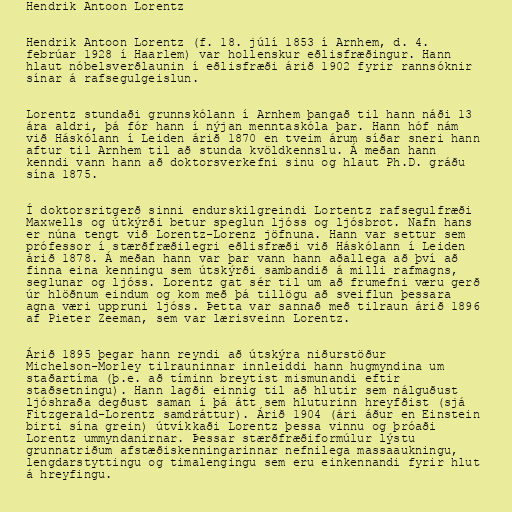
Hendrik Antoon Lorentz

Hendrik Antoon Lorentz (f. 18. júlí 1853 í Arnhem, d. 4.
febrúar 1928 í Haarlem) var hollenskur eðlisfræðingur. Hann
hlaut nóbelsverðlaunin í eðlisfræði árið 1902 fyrir rannsóknir
sínar á rafsegulgeislun.

Lorentz stundaði grunnskólann í Arnhem þangað til hann náði 13
ára aldri, þá fór hann í nýjan menntaskóla þar. Hann hóf nám
við Háskólann í Leiden árið 1870 en tveim árum síðar sneri hann
aftur til Arnhem til að stunda kvöldkennslu. Á meðan hann
kenndi vann hann að doktorsverkefni sinu og hlaut Ph.D. gráðu
sína 1875.

Í doktorsritgerð sinni endurskilgreindi Lortentz rafsegulfræði
Maxwells og útkýrði betur speglun ljóss og ljósbrot. Nafn hans
er núna tengt við Lorentz-Lorenz jöfnuna. Hann var settur sem
prófessor í stærðfræðilegri eðlisfræði við Háskólann í Leiden
árið 1878. Á meðan hann var þar vann hann aðallega að því að
finna eina kenningu sem útskýrði sambandið á milli rafmagns,
seglunar og ljóss. Lorentz gat sér til um að frumefni væru gerð
úr hlöðnum eindum og kom með þá tillögu að sveiflun þessara
agna væri uppruni ljóss. Þetta var sannað með tilraun árið 1896
af Pieter Zeeman, sem var lærisveinn Lorentz.

Árið 1895 þegar hann reyndi að útskýra niðurstöður
Michelson-Morley tilrauninnar innleiddi hann hugmyndina um
staðartíma (þ.e. að tíminn breytist mismunandi eftir
staðsetningu). Hann lagði einnig til að hlutir sem nálguðust
ljóshraða degðust saman í þá átt sem hluturinn hreyfðist (sjá
Fitzgerald-Lorentz samdráttur). Árið 1904 (ári áður en Einstein
birti sína grein) útvíkkaði Lorentz þessa vinnu og þróaði
Lorentz ummyndanirnar. Þessar stærðfræðiformúlur lýstu
grunnatriðum afstæðiskenningarinnar nefnilega massaaukningu,
lengdarstyttingu og timalengingu sem eru einkennandi fyrir hlut
á hreyfingu.